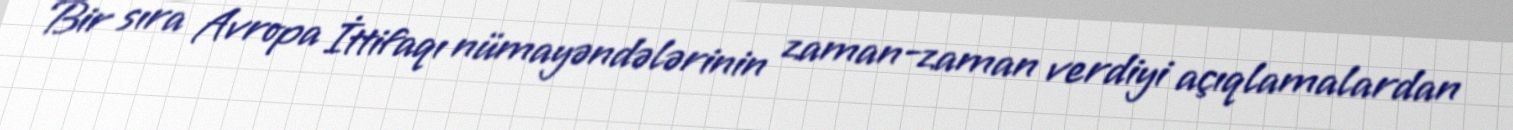
Bir sıra Avropa İttifaqı nümayəndələrinin zaman-zaman verdiyi açıqlamalardan